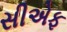
સીએફ